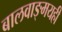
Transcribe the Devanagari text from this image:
बालवाङ्‌मयही